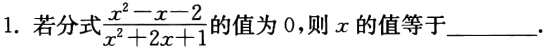
1. 若分式$\frac{x^{2}-x - 2}{x^{2}+2x + 1}$的值为0，则$x$的值等于________.